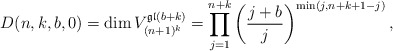
\begin{gather*}D(n,k,b,0)=\dim V_{(n+1)^{k}}^{\mathfrak{gl}(b+k)}=\prod_{j=1}^{n+k}\left({j+b \over j}\right)^{\min(j,n+k+1-j)},\end{gather*}